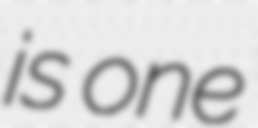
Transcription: is one